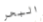
البحر